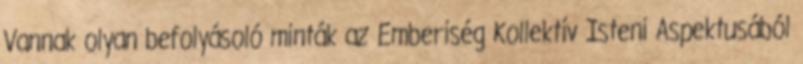
Vannak olyan befolyásoló minták az Emberiség Kollektív Isteni Aspektusából